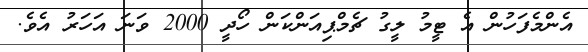
އެންމެފަހުން އެ ޓީމު ލީގު ޗެމްޕިއަންކަން ހޯދީ 2000 ވަނަ އަހަރު އެވެ.